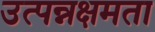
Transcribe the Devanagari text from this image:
उत्पन्नक्षमता